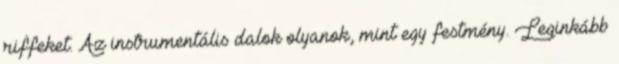
riffeket. Az instrumentális dalok olyanok, mint egy festmény. Leginkább